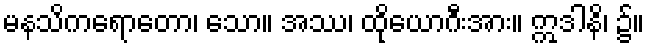
မနသိကရောတော၊ သော။ အဿ၊ ထိုယောဂီးအား။ ဣဒါနိ၊ ၌။